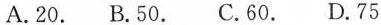
A.20. B.50. C.60. D.75.